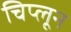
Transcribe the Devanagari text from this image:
चिप्लून